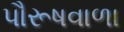
પૌરૂષવાળા